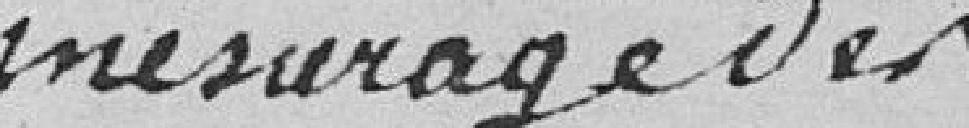
mesurage des